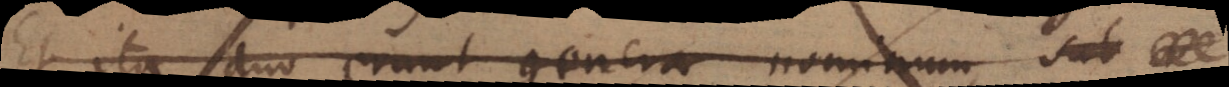
Et ita duo erunt genera nominum,